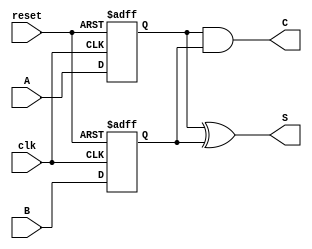
module sequential_half_adder (
    input wire clk,       // Clock signal
    input wire reset,     // Reset signal
    input wire A,         // Input A
    input wire B,         // Input B
    output reg S,         // Sum output
    output reg C          // Carry output
);

    // Internal registers to hold the state of A and B
    reg A_reg;
    reg B_reg;

    // Always block for the flip-flops behavior on the rising edge of clk
    always @(posedge clk or posedge reset) begin
        if (reset) begin
            A_reg <= 0;  // Reset state of A
            B_reg <= 0;  // Reset state of B
        end else begin
            A_reg <= A;  // Capture input A
            B_reg <= B;  // Capture input B
        end
    end

    // Always block for calculating the outputs based on stored inputs
    always @(A_reg, B_reg) begin
        // Calculate the sum and carry
        S = A_reg ^ B_reg;  // Sum = A XOR B
        C = A_reg & B_reg;  // Carry = A AND B
    end

endmodule